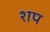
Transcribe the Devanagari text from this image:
शप